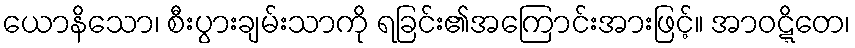
ယောနိသော၊ စီးပွားချမ်းသာကို ရခြင်း၏အကြောင်းအားဖြင့်။ အာဝဋ္ဋိတေ၊